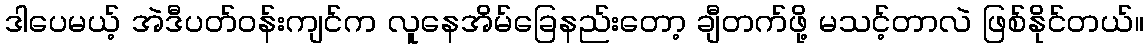
ဒါပေမယ့် အဲဒီပတ်ဝန်းကျင်က လူနေအိမ်ခြေနည်းတော့ ချီတက်ဖို့ မသင့်တာလဲ ဖြစ်နိုင်တယ်။